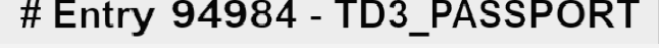
# Entry 94984 - TD3_PASSPORT